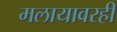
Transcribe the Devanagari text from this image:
मलायावरही